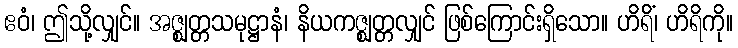
ဧဝံ၊ ဤသို့လျှင်။ အဇ္ဈတ္တသမုဋ္ဌာနံ၊ နိယကဇ္ဈတ္တလျှင် ဖြစ်ကြောင်းရှိသော။ ဟိရိံ၊ ဟိရိကို။